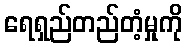
ရေရှည်တည်တံ့မှုကို